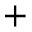
^ +